Civil Veterinary Department Bihar reports 1936-40 - 1936-1940
Year: 1936
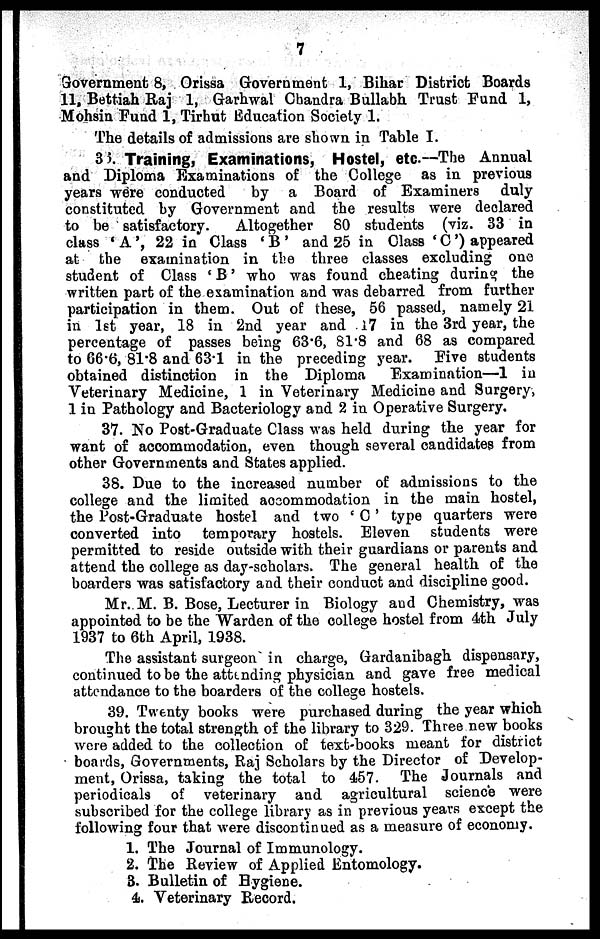
7
Government 8, Orissa Government 1, Bihar District Boards
11. Bettiah Raj 1, Garhwal Chandra Bullabh Trust Fund 1,
Mohsin Fund 1, Tirhut Education Society 1.
The details of admissions are shown in Table I.
36. Training, Examinations, Hostel, etc.—The Annual
and Diploma Examinations of the College as in previous
years were conducted
by a Board of Examiners
duly
constituted by Government and the results were declared
to be satisfactory.
Altogether 80 students (viz. 33 in
class 'A', 22 in Class 'B' and 25 in Class 'C') appeared
at the examination in the three classes excluding one
student of Class 'B' who was found cheating during the
written part of the examination and was debarred from further
participation in them. Out of these, 56 passed, namely 21
in 1st year, 18 in 2nd year and 17 in the 3rd year, the
percentage of passes being 63.6, 81.8 and 68 as compared
to 66.6, 81.8 and 63.1 in the preceding year. Five students
obtained distinction in the Diploma
Examination—1 in
Veterinary Medicine, 1 in Veterinary Medicine and Surgery,
1 in Pathology and Bacteriology and 2 in Operative Surgery.
37. No Post-Graduate Class was held during the year for
want of accommodation, even though several candidates from
other Governments and States applied.
38. Due to the increased number of admissions to the
college and the limited accommodation in the main hostel,
the Post-Graduate hostel and two 'C' type quarters were
converted into temporary hostels. Eleven students were
permitted to reside outside with their guardians or parents and
attend the college as day-scholars. The general health of the
boarders was satisfactory and their conduct and discipline good.
Mr. M. B. Bose, Lecturer in Biology and Chemistry, was
appointed to be the Warden of the college hostel from 4th July
1937 to 6th April, 1938.
The assistant surgeon in charge, Gardanibagh dispensary,
continued to be the attending physician and gave free medical
attendance to the boarders of the college hostels.
39. Twenty books were purchased during the year which
brought the total strength of the library to 329. Three new books
were added to the collection of text-books meant for district
boards, Governments, Raj Scholars by the Director of Develop-
ment, Orissa, taking the total to 457. The Journals and
periodicals of veterinary and agricultural science were
subscribed for the college library as in previous years except the
following four that were discontinued as a measure of economy.
1. The Journal of Immunology.
2. The Review of Applied Entomology.
3. Bulletin of Hygiene.
4. Veterinary Record.